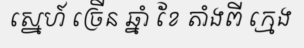
ស្នេហ៍ ច្រើន ឆ្នាំ ខែ តាំងពី ក្មេង